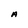
Character: A